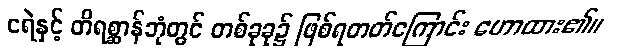
ငရဲနှင့် တိရစ္ဆာန်ဘုံတွင် တစ်ခုခု၌ ဖြစ်ရတတ်ကြောင်း ဟောထား၏။